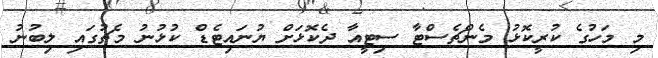
މި މަހުގެ ކުރީކޮޅު މެންޗެސްޓާ ސިޓީއާ ދެކޮޅަށް ޔުނައިޓެޑް ކުޅުނު މެޗުގައި ލިބުނު